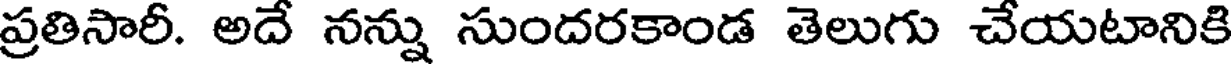
ప్రతిసారీ. అదే నన్ను సుందరకాండ తెలుగు చేయటానికి